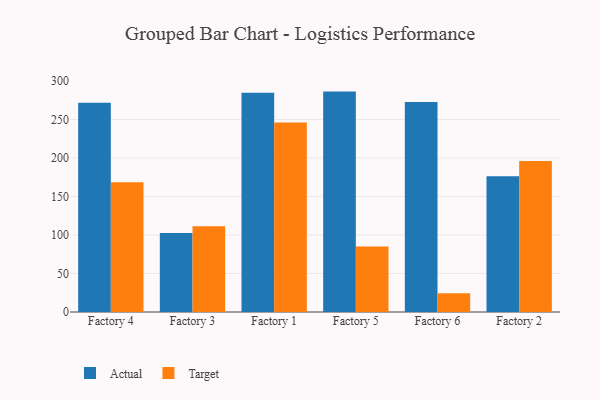
{"axis": {"x": "Factory", "y": "Customer Acquisition Cost (USD)"}, "legend": ["Actual", "Target"], "data": [{"x": "Factory 4", "y": 271.6, "type": "Actual"}, {"x": "Factory 4", "y": 168.6, "type": "Target"}, {"x": "Factory 3", "y": 102.6, "type": "Actual"}, {"x": "Factory 3", "y": 111.4, "type": "Target"}, {"x": "Factory 1", "y": 284.7, "type": "Actual"}, {"x": "Factory 1", "y": 246.2, "type": "Target"}, {"x": "Factory 5", "y": 286.2, "type": "Actual"}, {"x": "Factory 5", "y": 85.1, "type": "Target"}, {"x": "Factory 6", "y": 272.8, "type": "Actual"}, {"x": "Factory 6", "y": 24.3, "type": "Target"}, {"x": "Factory 2", "y": 176.4, "type": "Actual"}, {"x": "Factory 2", "y": 196.0, "type": "Target"}]}